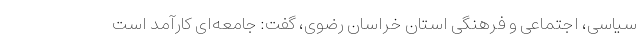
سیاسی، اجتماعی و فرهنگی استان خراسان رضوی، گفت: جامعه‌ای کارآمد است